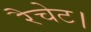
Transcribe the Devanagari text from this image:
रैचेट।